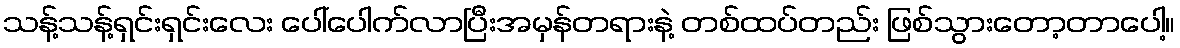
သန့်သန့်ရှင်းရှင်းလေး ပေါ်ပေါက်လာပြီးအမှန်တရားနဲ့ တစ်ထပ်တည်း ဖြစ်သွားတော့တာပေါ့။